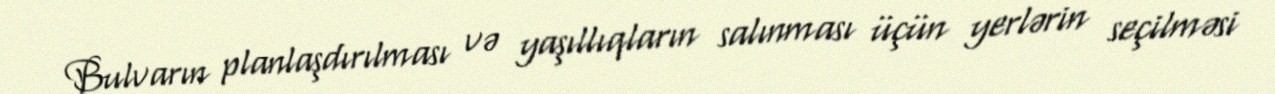
Bulvarın planlaşdırılması və yaşıllıqların salınması üçün yerlərin seçilməsi